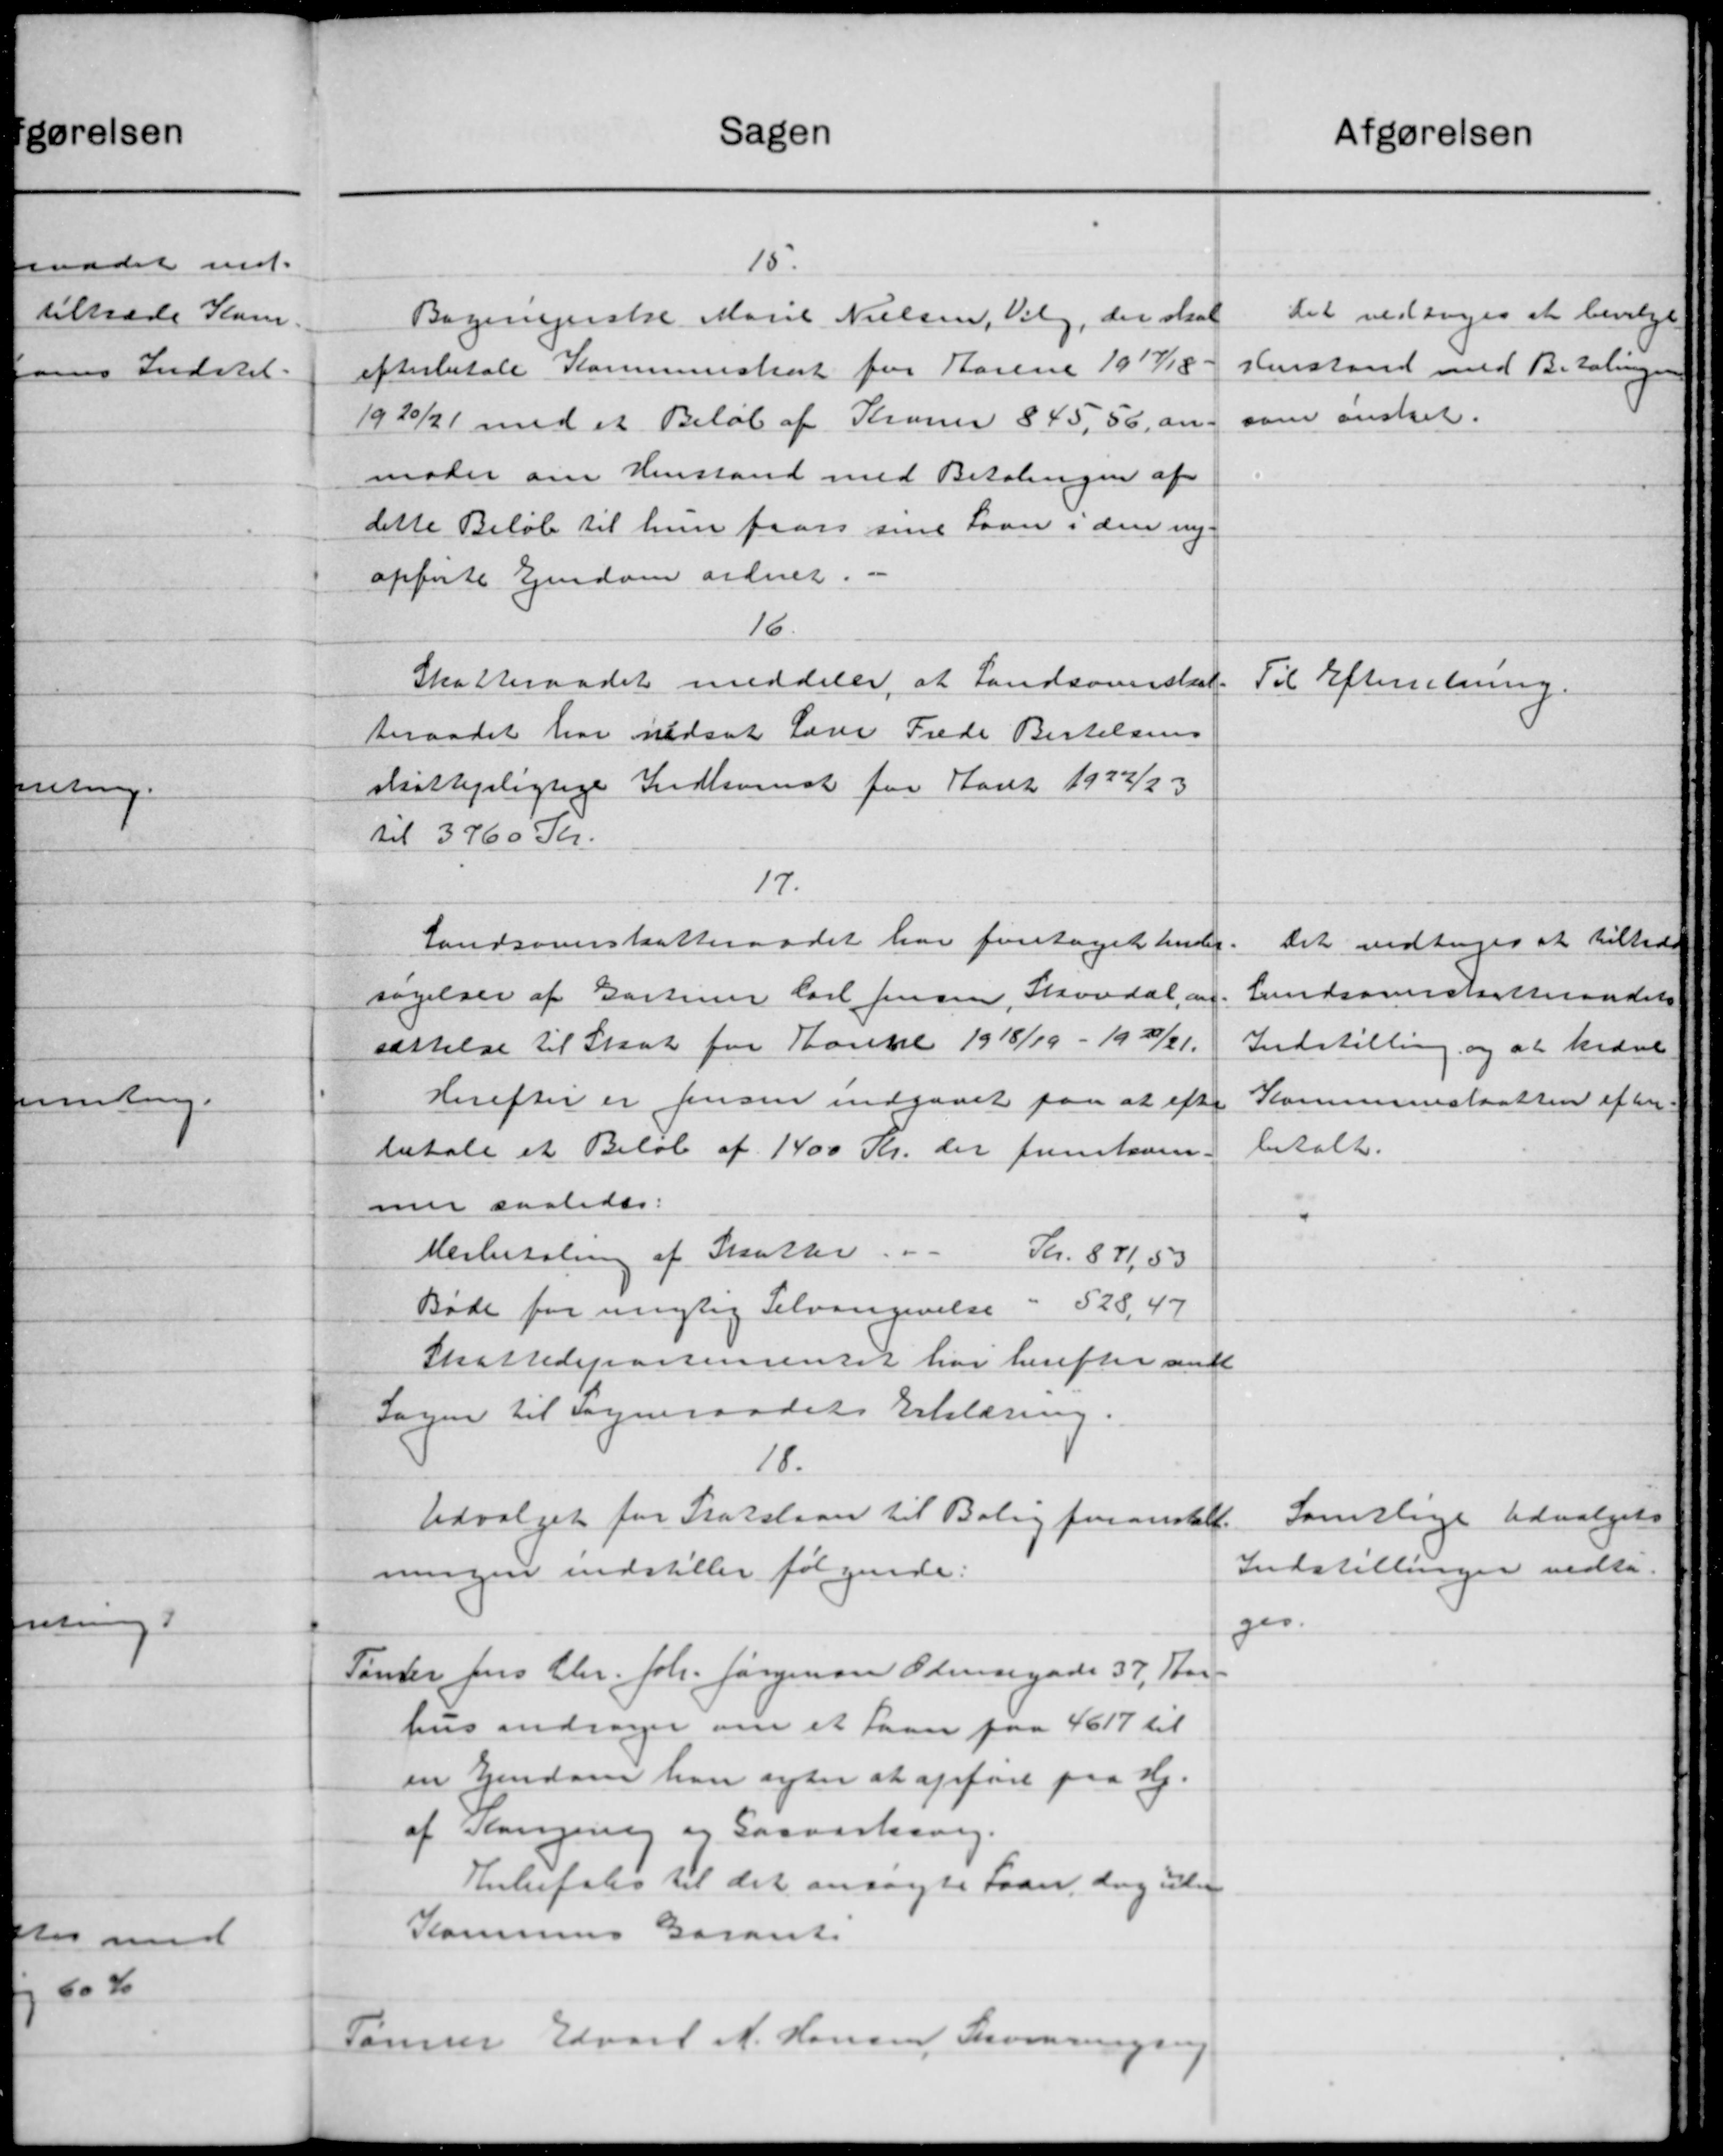
Transskription:
Sagen
15.
Bagerigerske Marie Nielsen, Valg, der skal
efterbetale Kommuneskat for Karene 1917/18.
1920/21 med et Beløb af Kroner 845, 56, an
moder om Henstand med Betalingen af
dette Beløb til hun faar sine Laan i den ny
opførte Ejendom ordnet.
16
Skatteraadet meddeler, at Landsomsskat.
teraadet har nedsat Lærer Frede Bertelsens
skattepligtige Indkomst for Aaret 1922/23
til 3760 Kr.
17.
Landsoverskatteraadet har foretaget Ander
søgelser af Gartner Carl Jensen, Skovdal, an-
sættelse til Skat for Tanke 1918/19 - 1920/21.
Herefter er Jensen indgaaet paa at efter
betale et Beløb af 1400 Kr. der fremkom-
mer saaledes:
Herbetaling af Skatter.
Kr. 871,53
Bøde for migtig Selvangivelse - 528,47
Skattedepartementet har herefter sendt
Sagen til Sogneraadets Erklæring.
18.
Udvalget for Statslaan til Bolig foranstalt
ningen indstiller følgende:
Tønder Jens Chr. Joh. Jørgensen Odensegade 37, Kar
hus andrager om et Laan paa 4617 til
en Ejendom han agter at opføre paa Hj.
af Kongen og Gasværksvej.
Anbefales til det ansøgte Laan, dog uden
Kommunes Garant
Tømrer Edvard N. Hansen, Skovrings